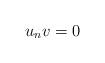
LaTeX: \begin{align*} u_nv=0\end{align*}